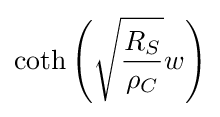
\coth {\left({\sqrt {\frac {R_{S}}{\rho _{C}}}}w\right)}